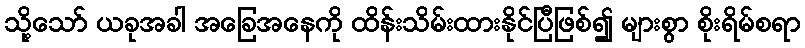
သို့သော် ယခုအခါ အခြေအနေကို ထိန်းသိမ်းထားနိုင်ပြီဖြစ်၍ များစွာ စိုးရိမ်စရာ